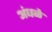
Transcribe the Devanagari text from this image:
अंधळे